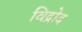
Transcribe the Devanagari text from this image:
विद्रोद